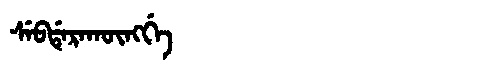
Manchu: ᠰᡝᠪᡩᡝᡵᠠᡴᡡᠩᡤᡝ
Romanization: SEBDERAKŪNGGE